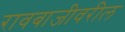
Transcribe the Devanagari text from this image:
रावबाजीवरील